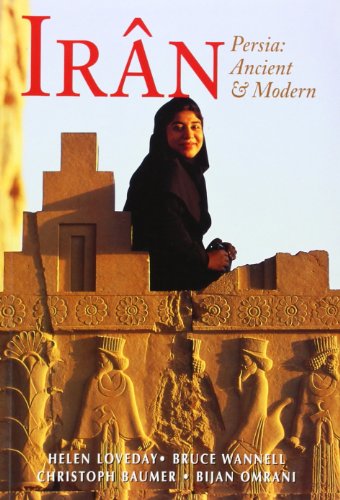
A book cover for Iran: Persia: Ancient and Modern (Fourth Edition)  (Odyssey Illustrated Guides); Helen Loveday; History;